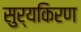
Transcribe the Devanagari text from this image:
सुर्यकिरण